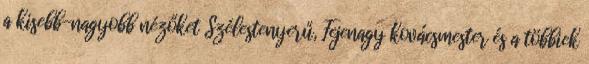
a kisebb-nagyobb nézőket Szélestenyerű, Fejenagy kovácsmester és a többiek